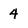
Character: 4